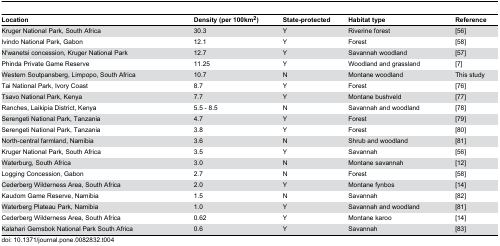
<table><thead><tr><td><b>Location</b></td><td><b>Density (per 100km<sup>2</sup>)</b></td><td><b>State-protected</b></td><td><b>Habitat type</b></td><td><b>Reference</b></td></tr></thead><tbody><tr><td>Kruger National Park, South Africa</td><td>30.3</td><td>Y</td><td>Riverine forest</td><td>[56]</td></tr><tr><td>Ivindo National Park, Gabon</td><td>12.1</td><td>Y</td><td>Forest</td><td>[58]</td></tr><tr><td>N&#x27;wanetsi concession, Kruger National Park</td><td>12.7</td><td>Y</td><td>Savannah woodland</td><td>[57]</td></tr><tr><td>Phinda Private Game Reserve</td><td>11.25</td><td>Y</td><td>Woodland and grassland</td><td>[7]</td></tr><tr><td>Western Soutpansberg, Limpopo, South Africa</td><td>10.7</td><td>N</td><td>Montane woodland</td><td>This study</td></tr><tr><td>Tai National Park, Ivory Coast</td><td>8.7</td><td>Y</td><td>Forest</td><td>[76]</td></tr><tr><td>Tsavo National Park, Kenya</td><td>7.7</td><td>Y</td><td>Montane bushveld</td><td>[77]</td></tr><tr><td>Ranches, Laikipia District, Kenya</td><td>5.5 - 8.5</td><td>N</td><td>Savannah and woodland</td><td>[78]</td></tr><tr><td>Serengeti National Park, Tanzania</td><td>4.7</td><td>Y</td><td>Forest</td><td>[79]</td></tr><tr><td>Serengeti National Park, Tanzania</td><td>3.8</td><td>Y</td><td>Forest</td><td>[80]</td></tr><tr><td>North-central farmland, Namibia</td><td>3.6</td><td>N</td><td>Shrub and woodland</td><td>[81]</td></tr><tr><td>Kruger National Park, South Africa</td><td>3.5</td><td>Y</td><td>Savannah</td><td>[56]</td></tr><tr><td>Waterburg, South Africa</td><td>3.0</td><td>N</td><td>Montane savannah</td><td>[12]</td></tr><tr><td>Logging Concession, Gabon</td><td>2.7</td><td>N</td><td>Forest</td><td>[58]</td></tr><tr><td>Cederberg Wilderness Area, South Africa</td><td>2.0</td><td>Y</td><td>Montane fynbos</td><td>[14]</td></tr><tr><td>Kaudom Game Reserve, Namibia</td><td>1.5</td><td>N</td><td>Savannah</td><td>[82]</td></tr><tr><td>Waterberg Plateau Park, Namibia</td><td>1.0</td><td>Y</td><td>Savannah and woodland</td><td>[81]</td></tr><tr><td>Cederberg Wilderness Area, South Africa</td><td>0.62</td><td>Y</td><td>Montane karoo</td><td>[14]</td></tr><tr><td>Kalahari Gemsbok National Park South Africa</td><td>0.6</td><td>Y</td><td>Savannah</td><td>[83]</td></tr></tbody></table>